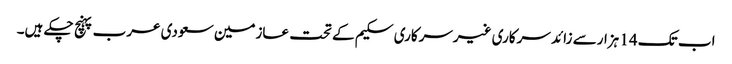
اب تک 14 ہزارسے زائد سرکاری غیرسرکاری سکیم کے تحت عازمین سعودی عرب پہنچ چکے ہیں۔